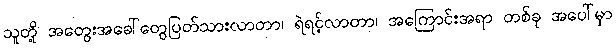
သူတို့ အတွေးအခေါ်တွေပြတ်သားလာတာ၊ ရဲရင့်လာတာ၊ အကြောင်းအရာ တစ်ခု အပေါ်မှာ